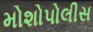
મોશોપોલીસ